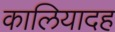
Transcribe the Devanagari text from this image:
कालियादह